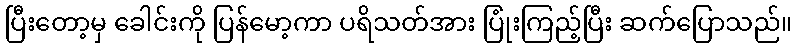
ပြီးတော့မှ ခေါင်းကို ပြန်မော့ကာ ပရိသတ်အား ပြုံးကြည့်ပြီး ဆက်ပြောသည်။